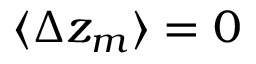
\langle \Delta z _ { m } \rangle = 0